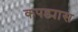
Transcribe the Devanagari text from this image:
कपड्यास